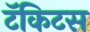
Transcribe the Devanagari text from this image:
टॅकिटस